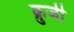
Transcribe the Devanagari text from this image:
क्रुजी